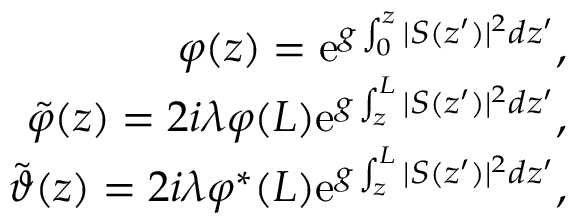
\begin{array} { r l r } & { } & { \varphi ( z ) = \mathrm { e } ^ { g \int _ { 0 } ^ { z } \vert S ( z ^ { \prime } ) \vert ^ { 2 } d z ^ { \prime } } , } \\ & { } & { \tilde { \varphi } ( z ) = 2 i \lambda \varphi ( L ) \mathrm { e } ^ { g \int _ { z } ^ { L } \vert S ( z ^ { \prime } ) \vert ^ { 2 } d z ^ { \prime } } , } \\ & { } & { \tilde { \vartheta } ( z ) = 2 i \lambda \varphi ^ { \ast } ( L ) \mathrm { e } ^ { g \int _ { z } ^ { L } \vert S ( z ^ { \prime } ) \vert ^ { 2 } d z ^ { \prime } } , } \end{array}